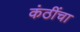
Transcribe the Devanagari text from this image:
कंठींचा